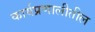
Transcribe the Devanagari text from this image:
कार्यप्रणालीतील